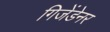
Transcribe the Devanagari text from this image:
गिजेंडेनर